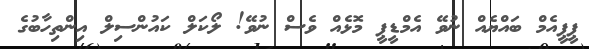
ޕީޕީއެމް ބައްޔެއް ނުވޭ އެމްޑީޕީ މޮޅެއް ވެސް ނުވޭ! ލޯކަލް ކައުންސިލް އިންތިހާބުގެ